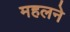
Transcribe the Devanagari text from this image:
महलने